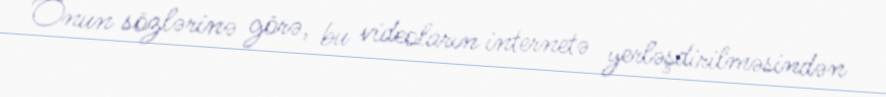
Onun sözlərinə görə, bu videoların internetə yerləşdirilməsindən